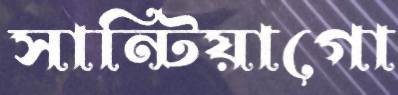
সান্টিয়াগো